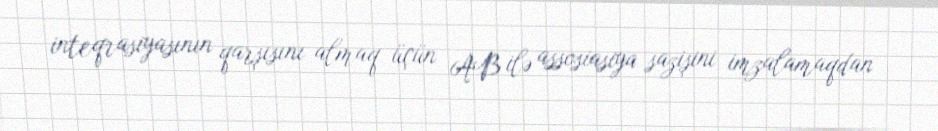
inteqrasiyasının qarşısını almaq üçün AB ilə assosiasiya sazişini imzalamaqdan